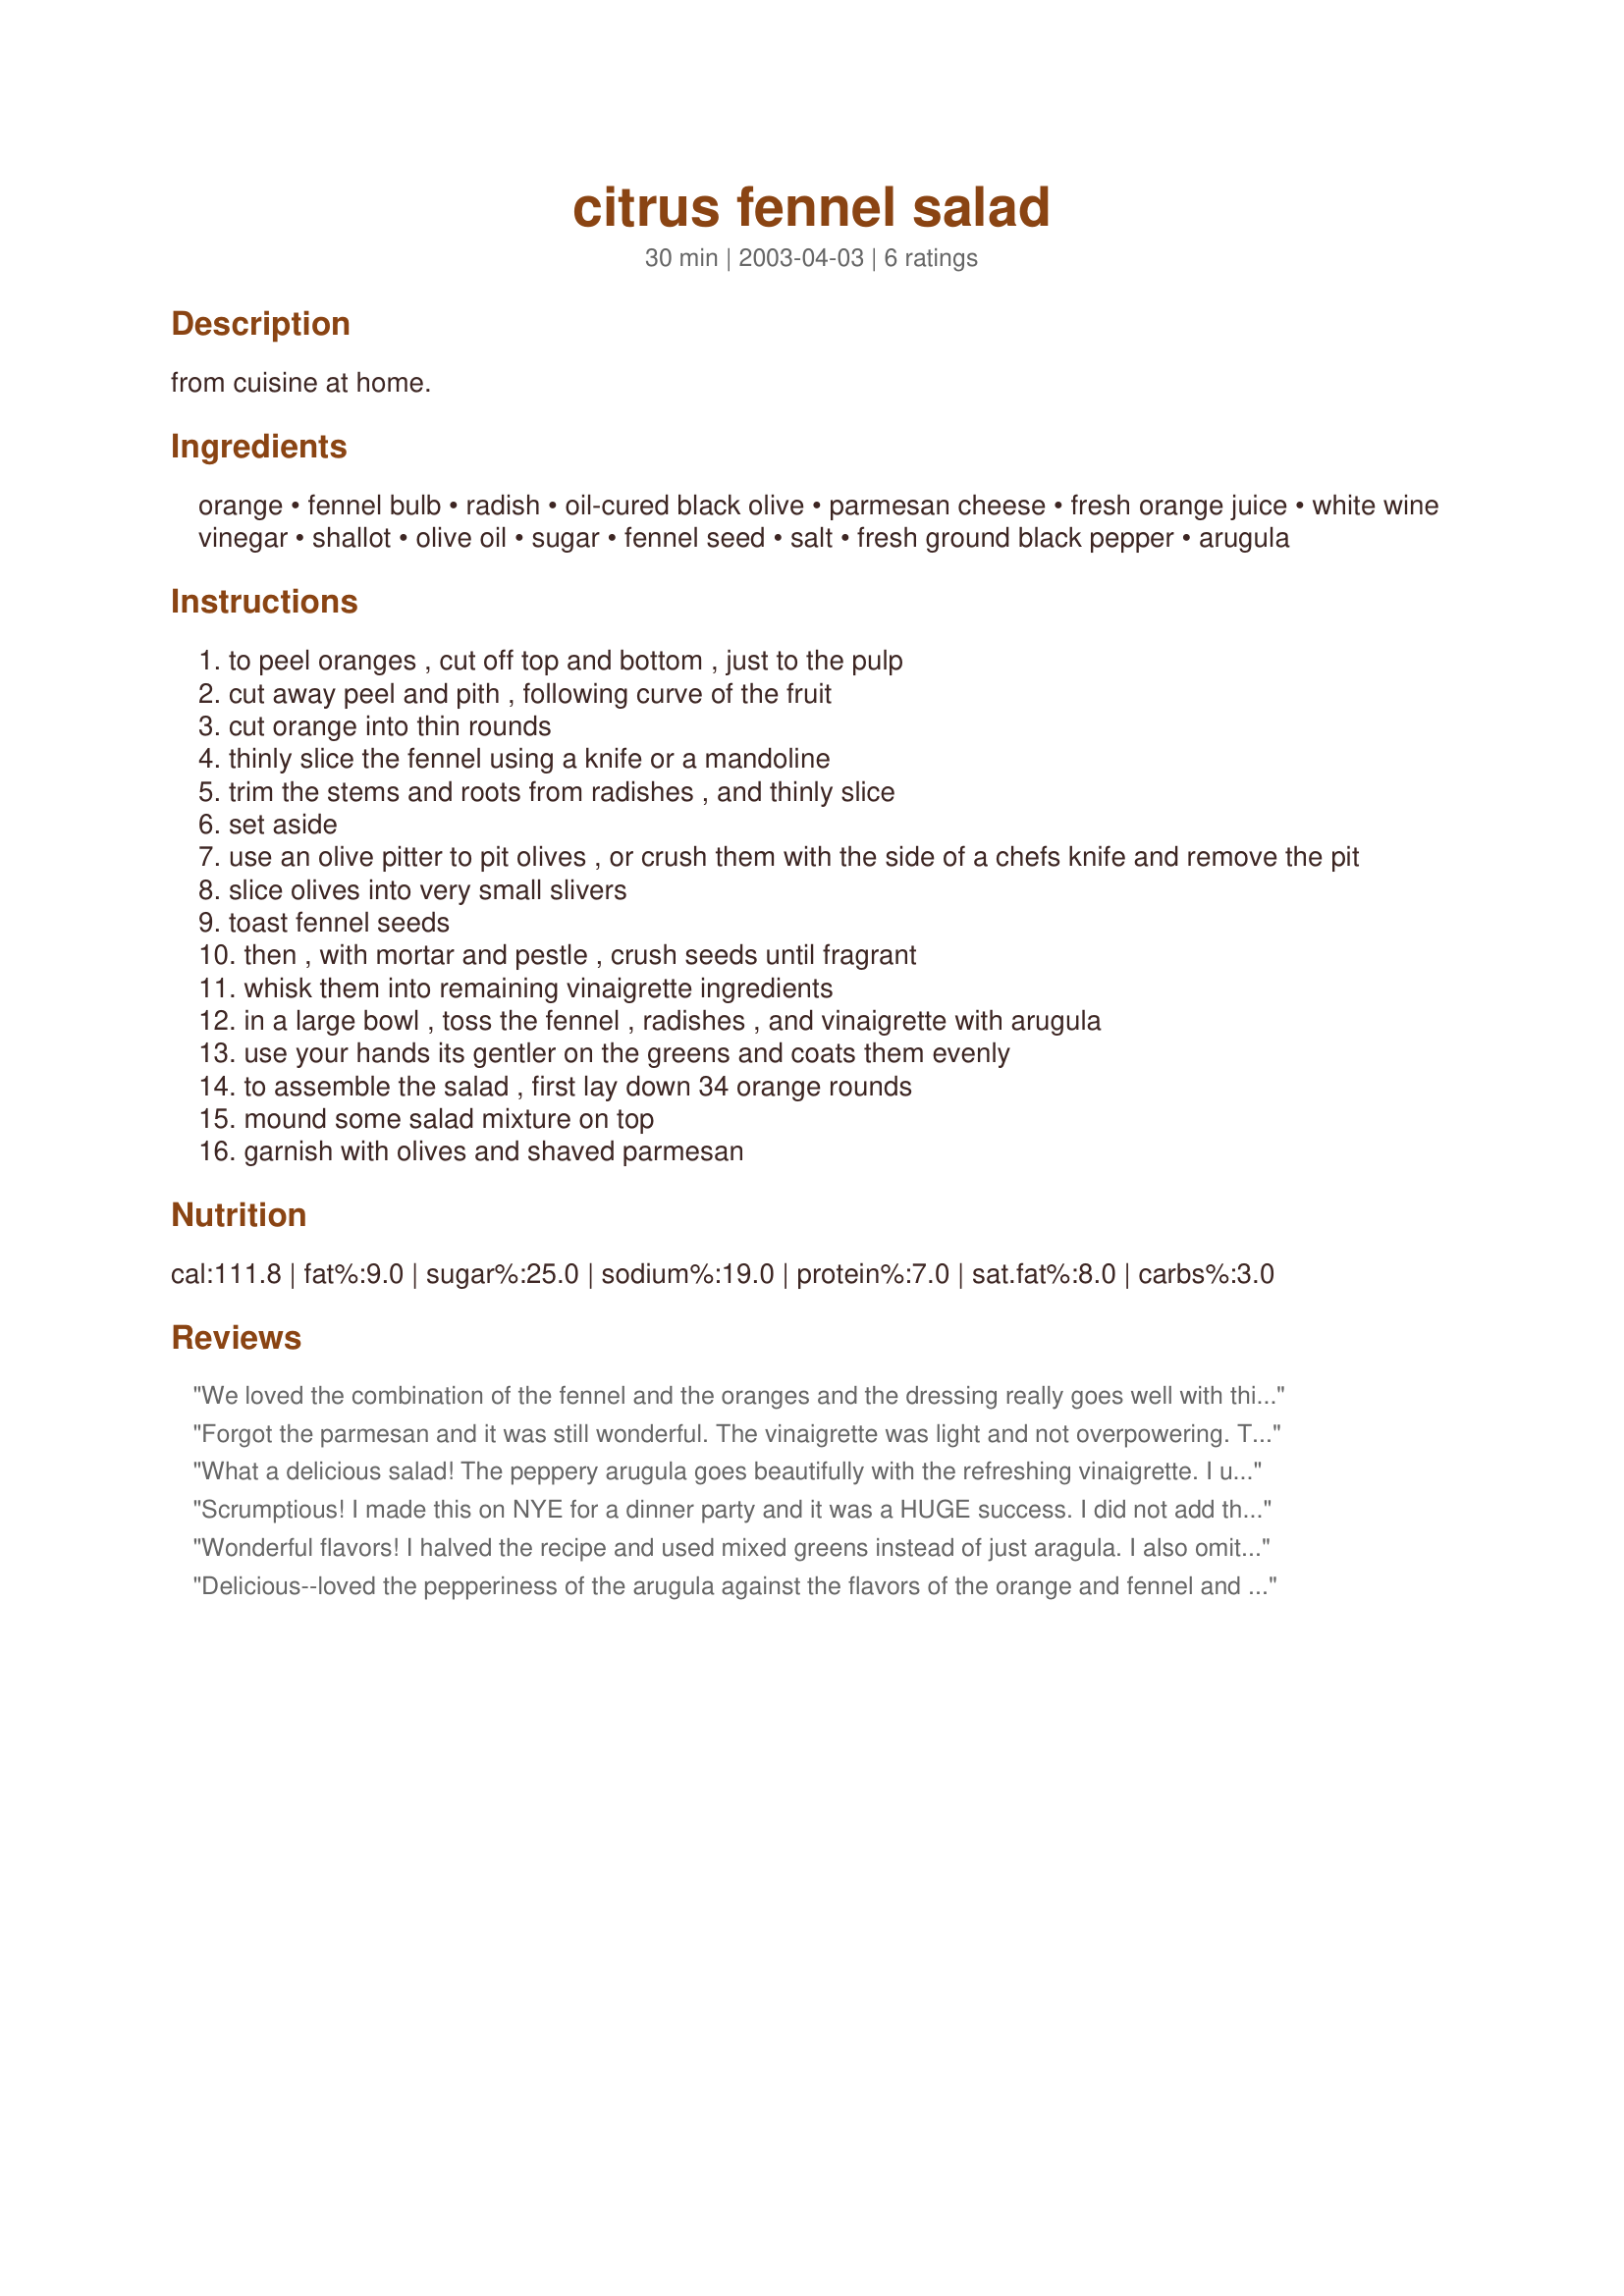
citrus fennel salad
Preparation time: 30 minutes

from cuisine at home.

Ingredients:
orange, fennel bulb, radish, oil-cured black olive, parmesan cheese, fresh orange juice, white wine vinegar, shallot, olive oil, sugar, fennel seed, salt, fresh ground black pepper, arugula

Steps:
to peel oranges , cut off top and bottom , just to the pulp
cut away peel and pith , following curve of the fruit
cut orange into thin rounds
thinly slice the fennel using a knife or a mandoline
trim the stems and roots from radishes , and thinly slice
set aside
use an olive pitter to pit olives , or crush them with the side of a chefs knife and remove the pit
slice olives into very small slivers
toast fennel seeds
then , with mortar and pestle , crush seeds until fragrant
whisk them into remaining vinaigrette ingredients
in a large bowl , toss the fennel , radishes , and vinaigrette with arugula
use your hands its gentler on the greens and coats them evenly
to assemble the salad , first lay down 34 orange rounds
mound some salad mixture on top
garnish with olives and shaved parmesan

Reviews:
We loved the combination of the fennel and the oranges and the dressing really goes well with this salad. I also used mixed greens for this recipe because that's our favorite. Thanks for posting this lovely recipe, Bev.
Forgot the parmesan and it was still wonderful. The vinaigrette was light and not overpowering. The oranges we happened to pick up were really sweet. Used apple cider vinegar instead of white wine and that was fine. Didn't have time to toast the fennel seeds. Made it for some friends needing a pick-me-up and this really helped.
What a delicious salad! The peppery arugula goes beautifully with the refreshing vinaigrette. I used fresh mandarin oranges and fresh-squeezed juice. This salad would be perfect for a dinner party.
Scrumptious! I made this on NYE for a dinner party and it was a HUGE success. I did not add the radishes, and also used some fresh and 1 can of mandarine oranges to the salad.
Wonderful flavors! I halved the recipe and used mixed greens instead of just aragula. I also omitted the parmesan, the recipe really didn't need it - it's wonderful and healthy as is. Loved the vinaigrette and will be making it again. Btw, I took a look at your about me page and has anyone ever told you that you look like Victoria Principal - I mean that as a compliment!:)
Delicious--loved the pepperiness of the arugula against the flavors of the orange and fennel and the dressing. And presentation is fabulous--green/orange/black/red and white--just beautiful colors--wish I had a camera!
